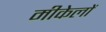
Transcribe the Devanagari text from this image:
मीकेलों